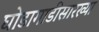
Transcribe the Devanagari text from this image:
घोडागाडीसारख्या